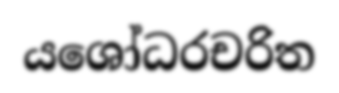
යශෝධරචරිත